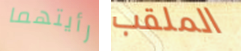
رأيتهما الملقب